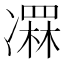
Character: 𠘏